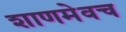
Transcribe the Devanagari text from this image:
शाणमेवच